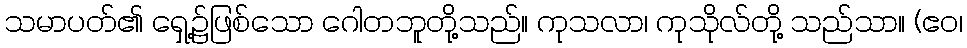
သမာပတ်၏ ရှေ့၌ဖြစ်သော ဂေါတဘူတို့သည်။ ကုသလာ၊ ကုသိုလ်တို့ သည်သာ။ (ဧဝ၊